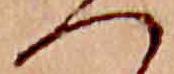
へ